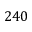
2 4 0